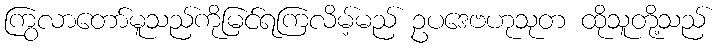
ကြွလာတော်မူသည်ကိုမြင်ရကြလိမ့်မည် ဥပဒေဗဟုသုတ ထိုသူတို့သည်